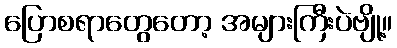
ပြောစရာတွေတော့ အများကြီးပဲဗျို့။